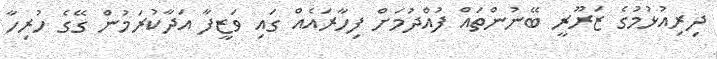
ދިރިއުޅުމުގެ ޒަރޫރީ ބޭނުންތައް ފުއްދުމަށް ފިހާރައެއް ގައި ވަޒީފާ އަދާކުރަމުން ގޭގެ ހުރިހާ